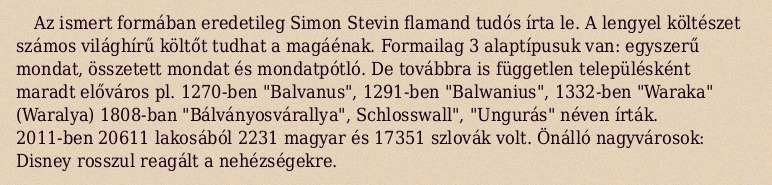
Az ismert formában eredetileg Simon Stevin flamand tudós írta le. A lengyel költészet számos világhírű költőt tudhat a magáénak. Formailag 3 alaptípusuk van: egyszerű mondat, összetett mondat és mondatpótló. De továbbra is független településként maradt előváros pl. 1270-ben "Balvanus", 1291-ben "Balwanius", 1332-ben "Waraka" (Waralya) 1808-ban "Bálványosvárallya", Schlosswall", "Ungurás" néven írták. 2011-ben 20611 lakosából 2231 magyar és 17351 szlovák volt. Önálló nagyvárosok: Disney rosszul reagált a nehézségekre.